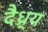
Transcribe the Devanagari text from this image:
दैध्र्य